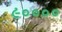
૯૦૦૦૦